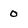
Character: 0